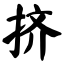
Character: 挤